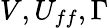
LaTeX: V,U_{ff},\Gamma